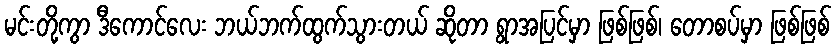
မင်းတို့ကွာ ဒီကောင်လေး ဘယ်ဘက်ထွက်သွားတယ် ဆိုတာ ရွာအပြင်မှာ ဖြစ်ဖြစ်၊ တောစပ်မှာ ဖြစ်ဖြစ်